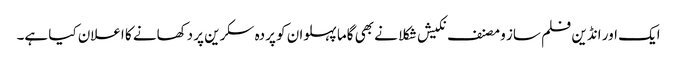
ایک اور انڈین فلم ساز و مصنف نکیش شکلا نے بھی گاما پہلوان کو پردہ سکرین پر دکھانے کا اعلان کیا ہے۔